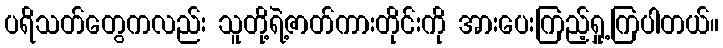
ပရိသတ်တွေကလည်း သူတို့ရဲ့ဇာတ်ကားတိုင်းကို အားပေးကြည့်ရှု့ကြပါတယ်။